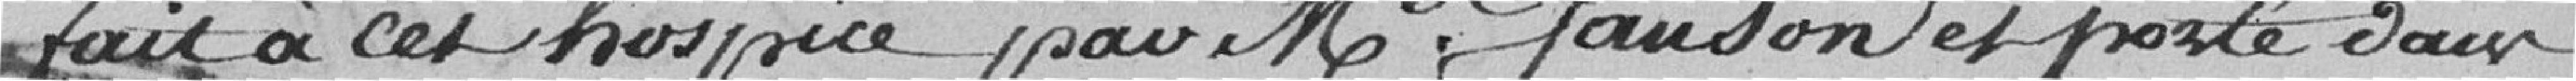
fait à cet hospice par Mme Janson et porté dans